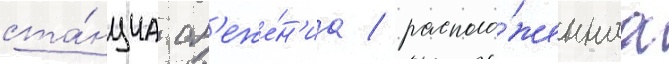
ста́нциа сл'еже́н'иа / располо́женнаа